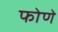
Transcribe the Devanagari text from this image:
फोणे